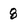
Character: 8